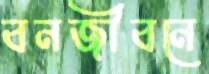
বনজীবনে